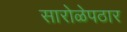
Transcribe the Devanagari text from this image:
सारोळेपठार